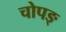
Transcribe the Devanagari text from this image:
चोपङ्